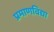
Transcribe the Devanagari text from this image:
प्रमाणविद्या